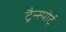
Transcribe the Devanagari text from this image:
ट्रैन्स्पोर्ट्